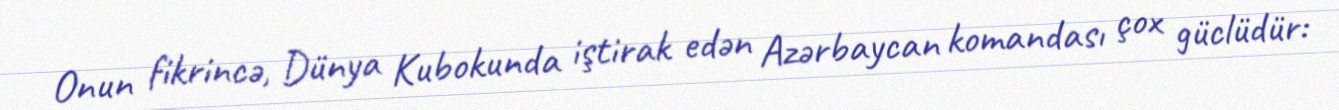
Onun fikrincə, Dünya Kubokunda iştirak edən Azərbaycan komandası çox güclüdür: